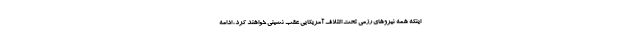
اینکه همه نیروهای رزمی تحت ائتلاف آمریکایی عقب نشینی خواهند کرد، ادامه